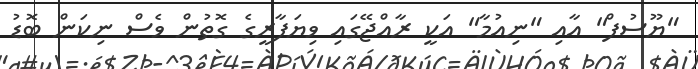
"ޔޫސުފް" އާއި "ނިއުމާ" އަކީ ރާއްޖޭގައި ވިޔަފާރީގެ ގޮތުން ވެސް ނިކަން ބޮޑު